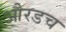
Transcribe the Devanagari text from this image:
औरडच